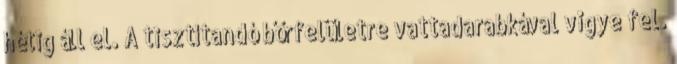
hétig áll el. A tisztítandó bőrfelületre vattadarabkával vigye fel.